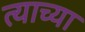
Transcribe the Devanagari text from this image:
त्‍याच्या